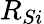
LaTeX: R_{Si}